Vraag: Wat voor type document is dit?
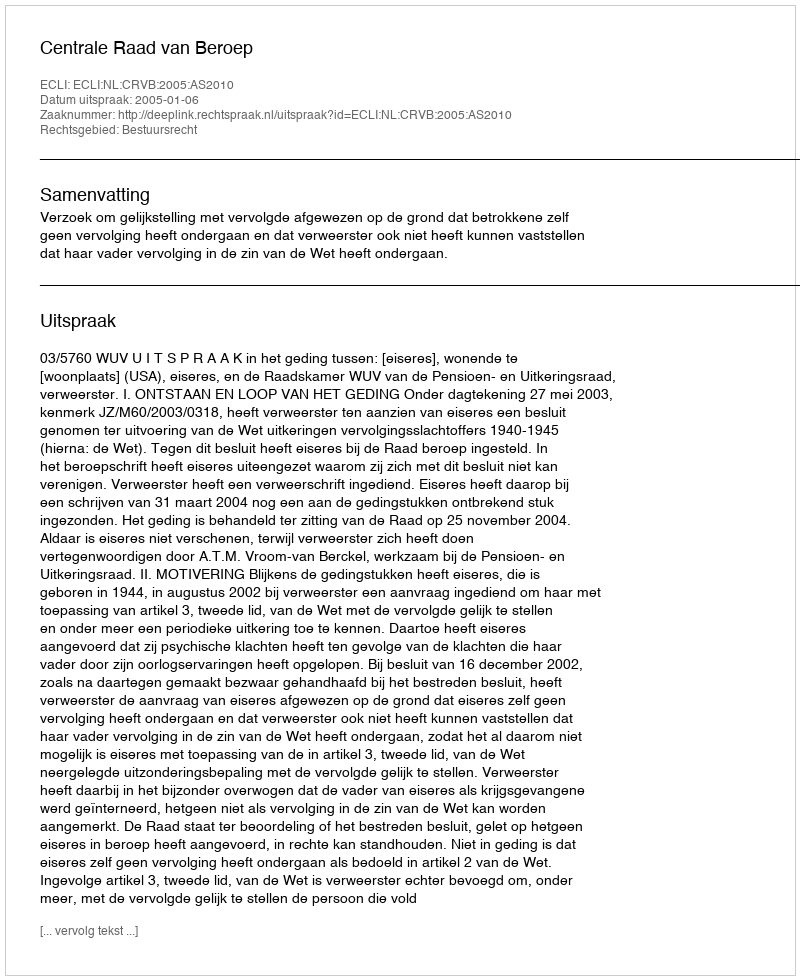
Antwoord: Uitspraak